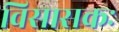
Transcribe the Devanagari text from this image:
विसासकः